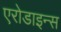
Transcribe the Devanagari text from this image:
एरोडाइन्स